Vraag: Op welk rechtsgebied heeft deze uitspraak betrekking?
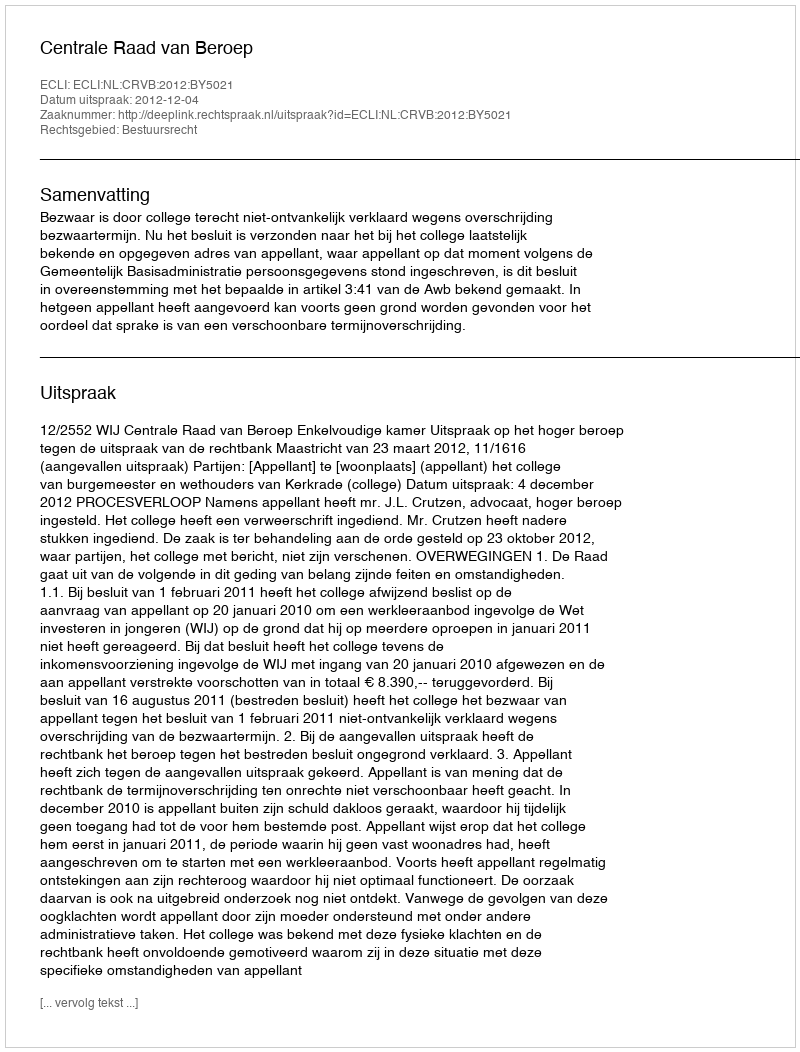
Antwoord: Bestuursrecht